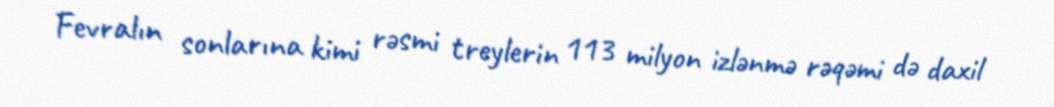
Fevralın sonlarına kimi rəsmi treylerin 113 milyon izlənmə rəqəmi də daxil